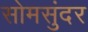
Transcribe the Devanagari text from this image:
सोमसुंदर